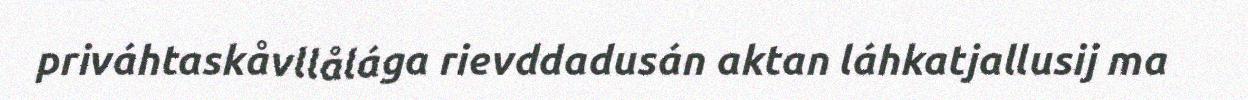
priváhtaskåvllålága rievddadusán aktan láhkatjallusij ma